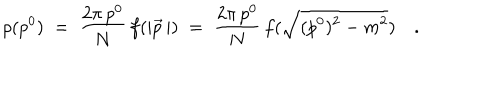
\rho ( p ^ { 0 } ) \; = \; \frac { 2 \pi \, p ^ { 0 } } { N } \, f ( | \vec { p } \, | ) \; = \; \frac { 2 \pi \, p ^ { 0 } } { N } \, f ( \sqrt { ( p ^ { 0 } ) ^ { 2 } - m ^ { 2 } } ) \quad .